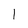
Character: 1